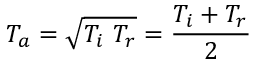
T _ { a } = \sqrt { T _ { i } \ T _ { r } } = \frac { T _ { i } + T _ { r } } { 2 }